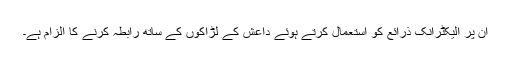
اُن پر الیکٹرانک ذرائع کو استعمال کرتے ہوئے داعش کے لڑاکوں کے ساتھ رابطہ کرنے کا الزام ہے۔